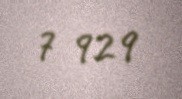
7 929